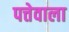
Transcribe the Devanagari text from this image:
पत्तेवाला